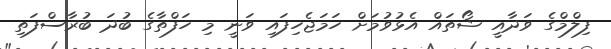
ފިލްމްގެ ވަދާއީ ޝޯތައް އެޅުވުމަށް ހަމަޖެހިފައި ވަނީ މި ހަފްތާގެ ބުދަ ބުރާސްފަތި